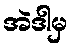
အဲဒါမှ